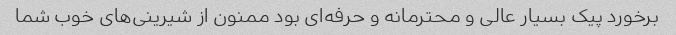
برخورد پیک بسیار عالی و محترمانه و حرفه‌ای بود ممنون از شیرینی‌های خوب شما